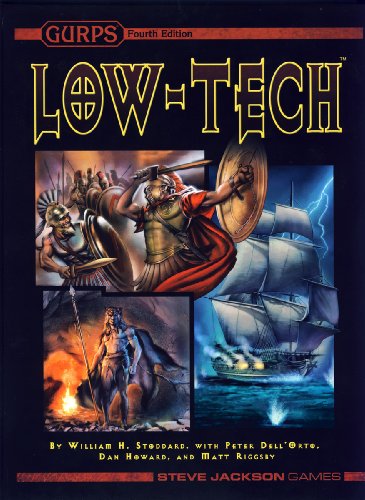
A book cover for GURPS Low-Tech; Steve Jackson Games; Science Fiction & Fantasy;